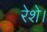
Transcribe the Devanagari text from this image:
रेशे।